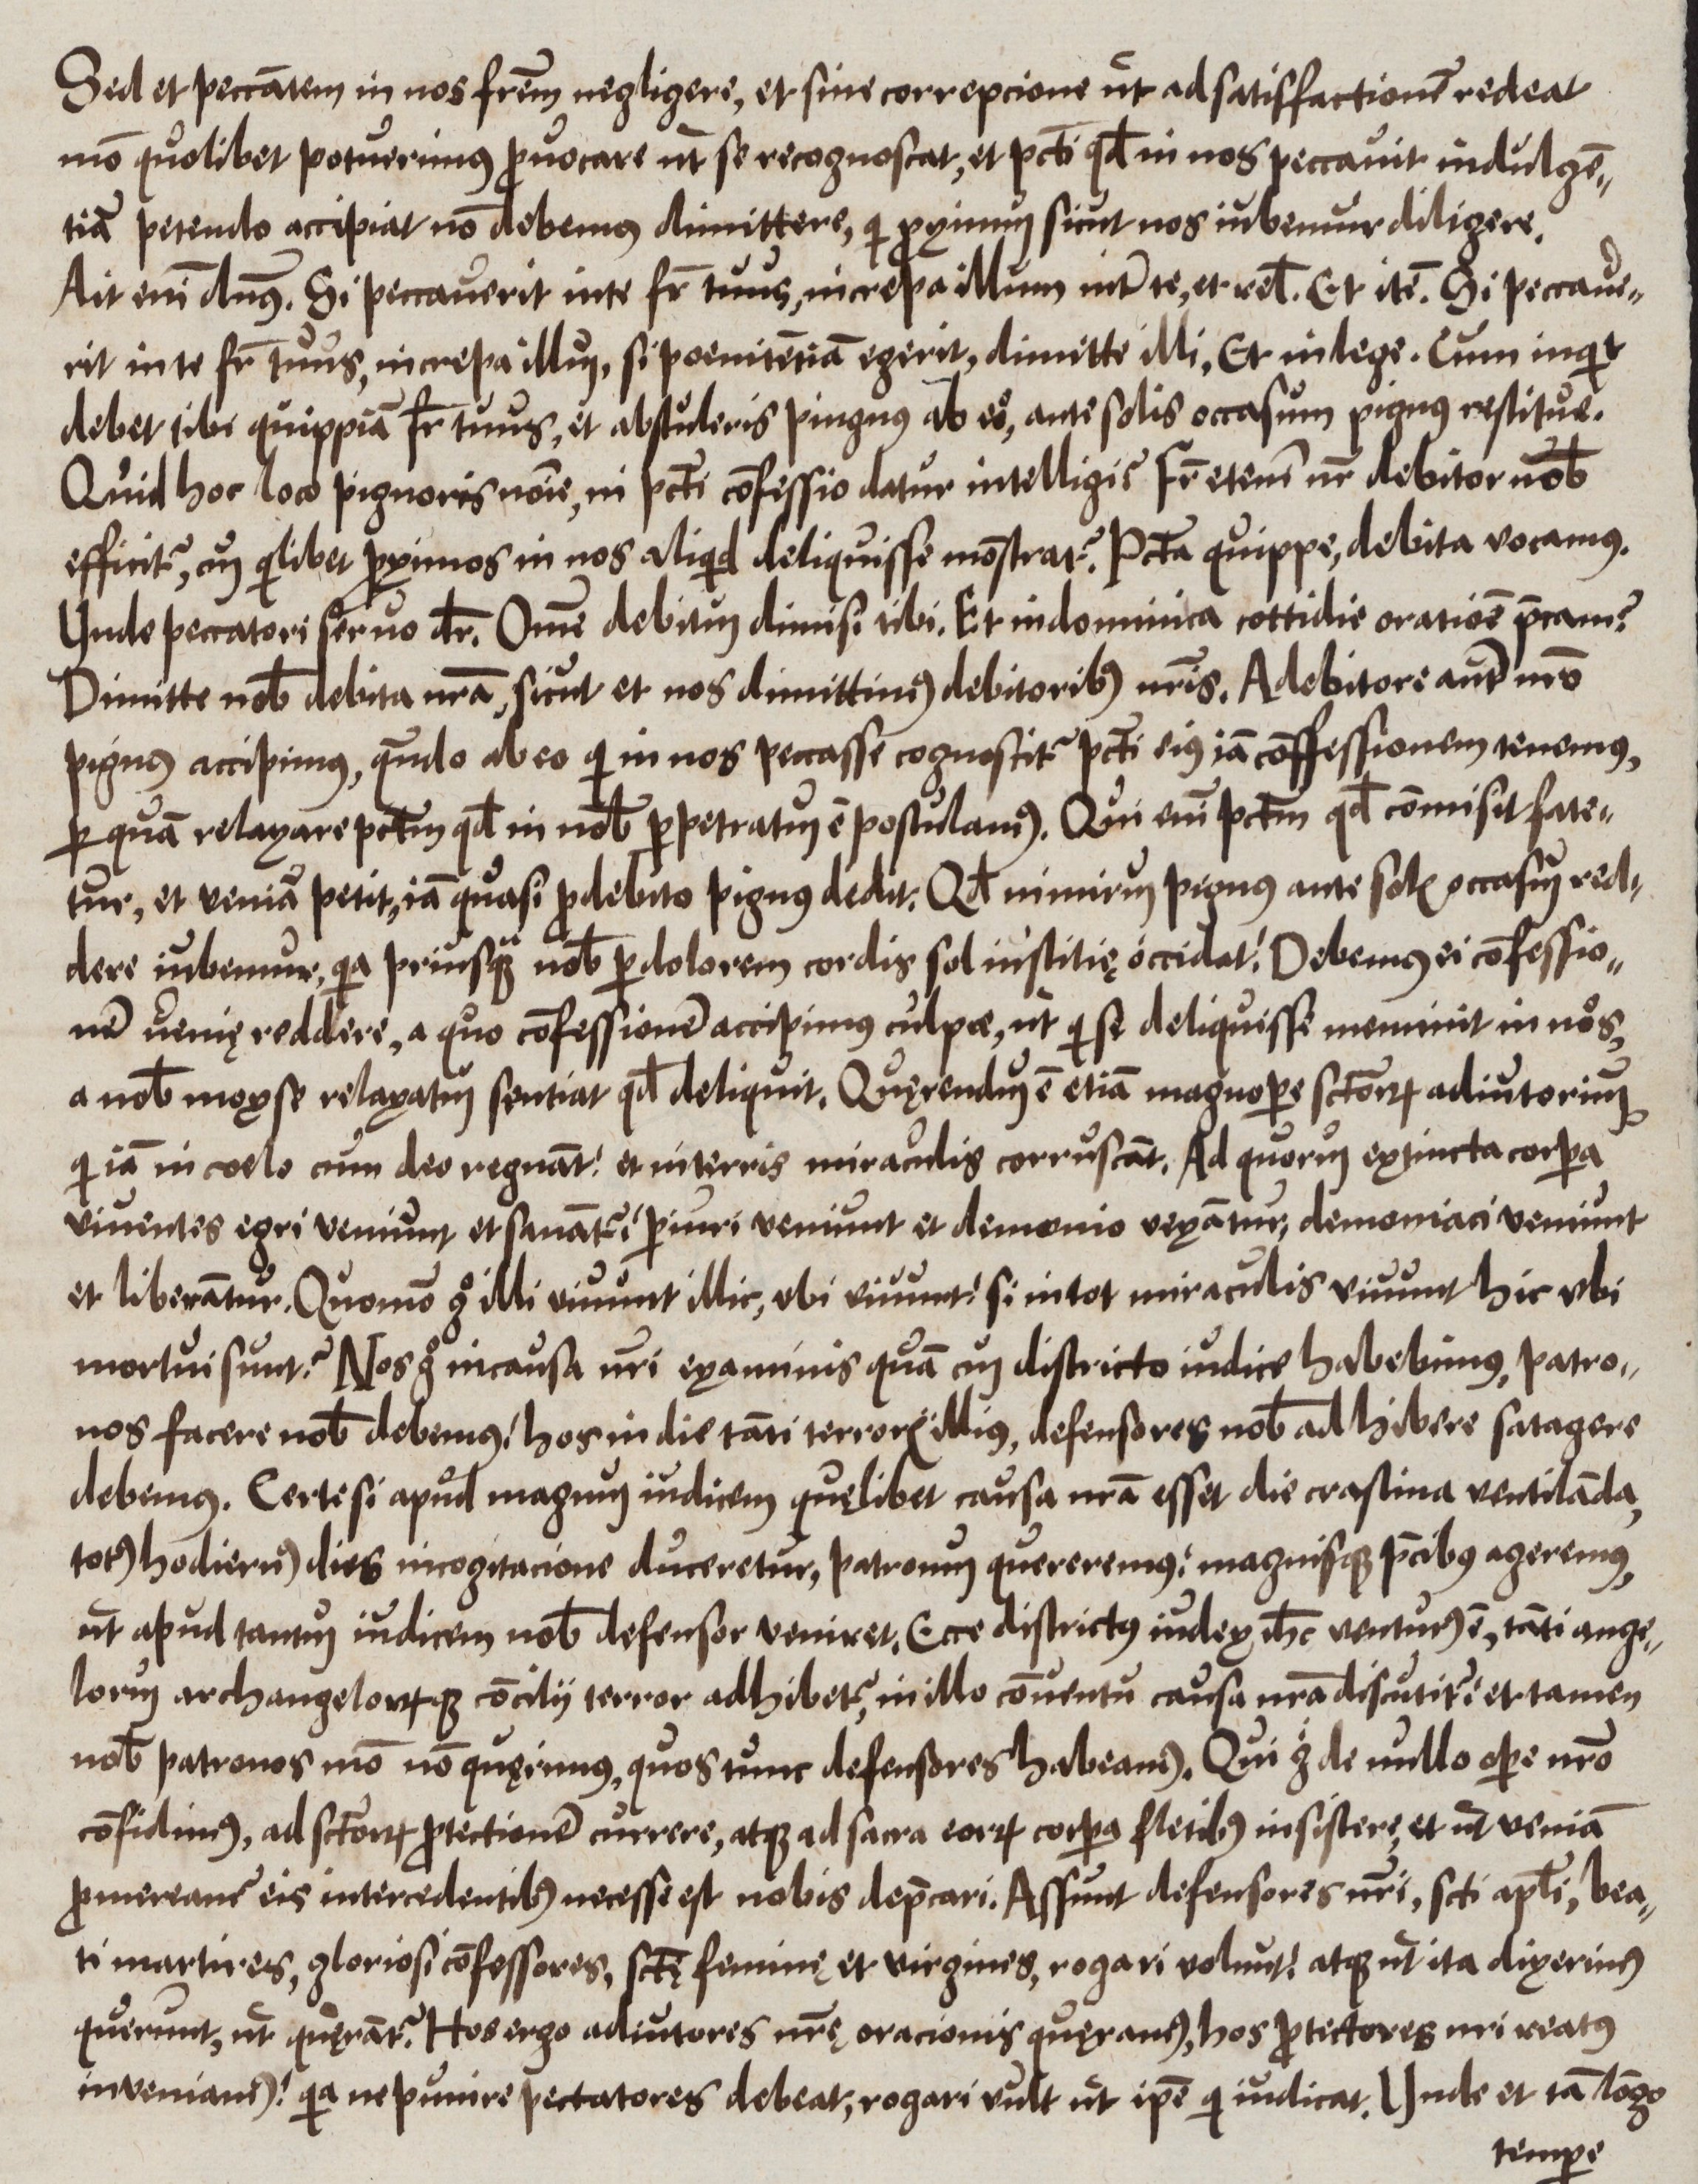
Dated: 1550–1599